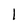
Character: l